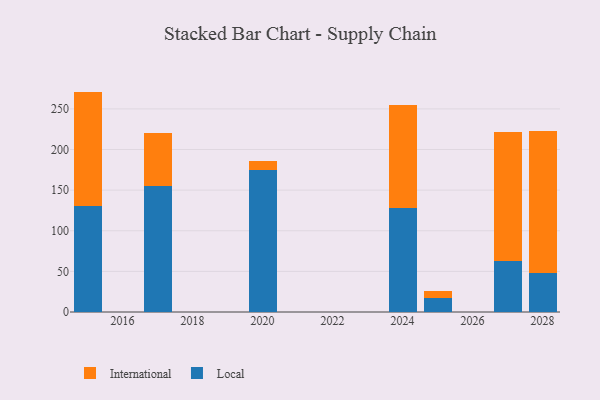
{"axis": {"x": "Year", "y": "Operating Costs (USD K)"}, "legend": ["International", "Local"], "data": [{"x": "2025", "y": 17.8, "type": "Local"}, {"x": "2025", "y": 7.9, "type": "International"}, {"x": "2028", "y": 48.3, "type": "Local"}, {"x": "2028", "y": 174.2, "type": "International"}, {"x": "2024", "y": 127.5, "type": "Local"}, {"x": "2024", "y": 127.1, "type": "International"}, {"x": "2015", "y": 129.9, "type": "Local"}, {"x": "2015", "y": 141.4, "type": "International"}, {"x": "2017", "y": 155.6, "type": "Local"}, {"x": "2017", "y": 64.5, "type": "International"}, {"x": "2020", "y": 174.3, "type": "Local"}, {"x": "2020", "y": 11.5, "type": "International"}, {"x": "2027", "y": 62.6, "type": "Local"}, {"x": "2027", "y": 159.5, "type": "International"}]}